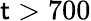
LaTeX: \mathsf{t}>700